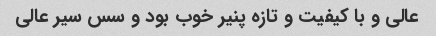
عالی و با کیفیت و تازه پنیر خوب بود و سس سیر عالی